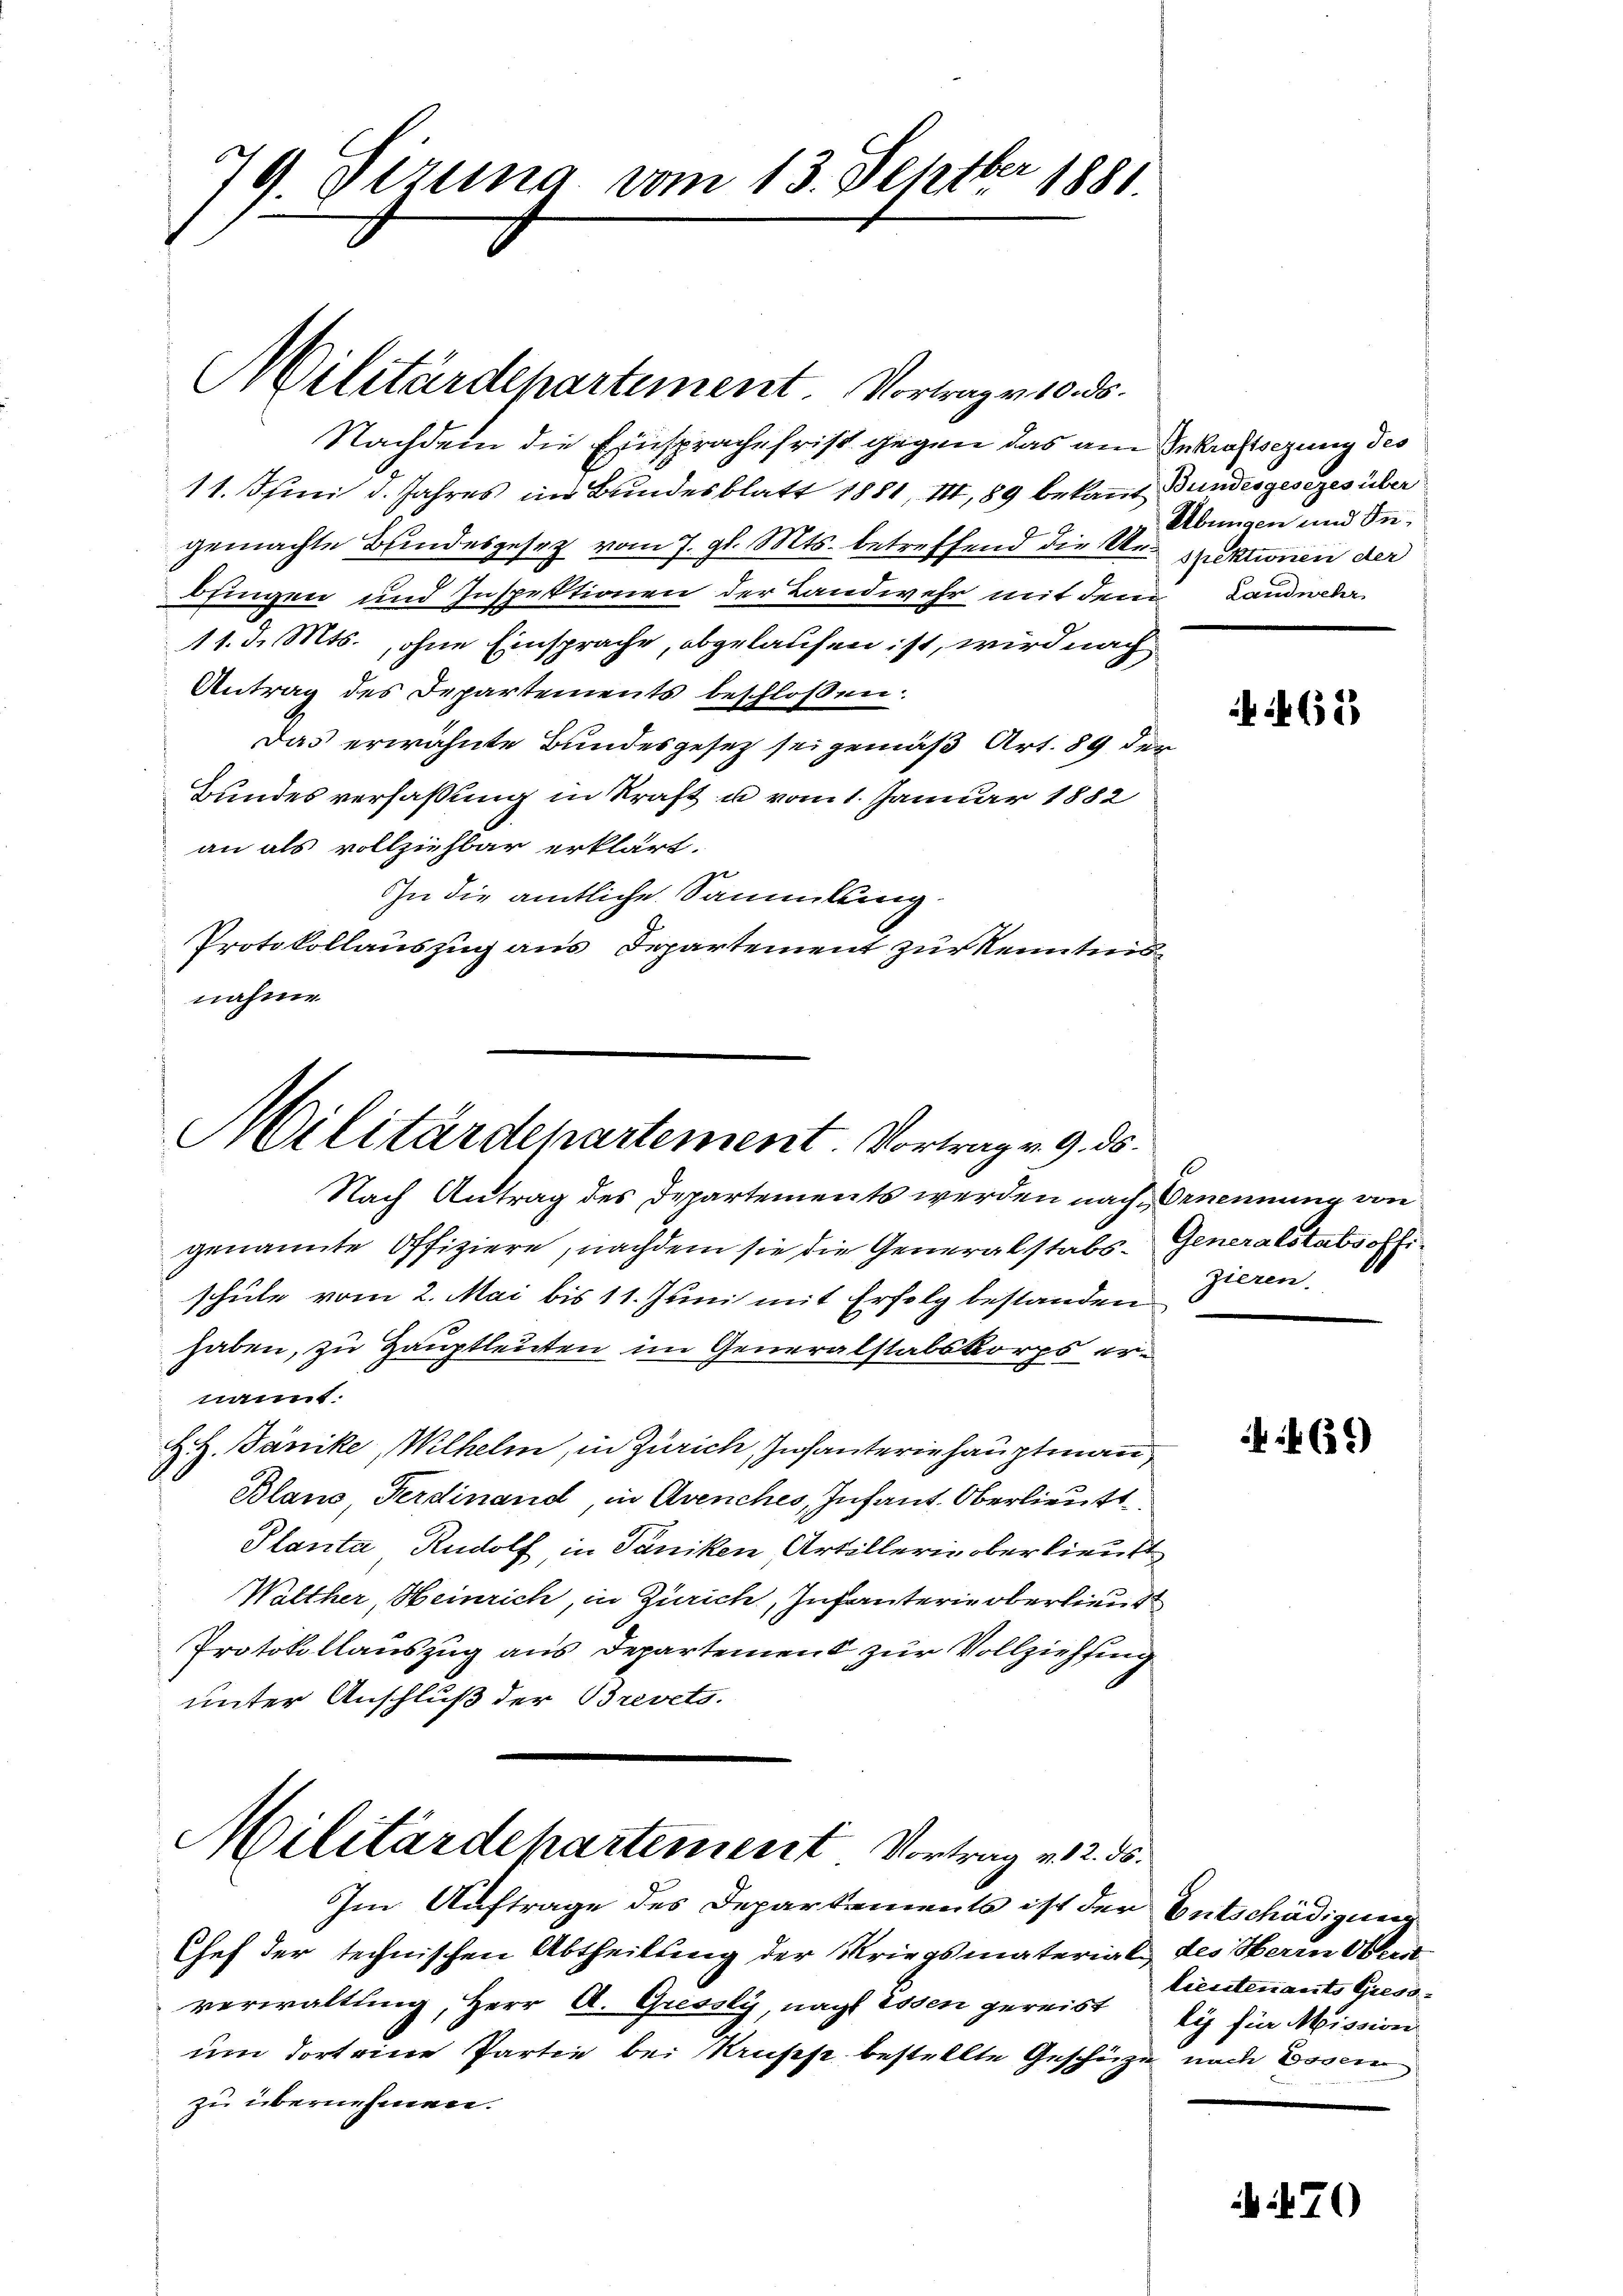
79. Sizung vom 13. Septbr 1881.

Nachdem die Einsprache frist gegen das am Inkraftsezung des
11. Juni d. Jahres im Bundesblatt 1881, I, 89 bekannt Bundesgesezes über
gemachte Bundesgesetz vom 7. gl. Mts. betreffend die Urspektionen der
bringen und Inspektionen der Landwehr mit dem
11. d. Mts., ohne Einsprache, abgelaufen ist, wird nach
Antrag des Departements beschloßen:
Das erwähnte Bundesgesetz sei gemäß Art. 89 der
Bundesverfassung in Kraft u vom 1. Januar 1882
an als vollziehbar erklärt.
In die amtliche Sammlung.
Protokollauszug aus Departement zur Kenntnisnahme

Militärdepartement. Vortrag v. 10. ds.

Militärdepartement Vortrag v. 9. ds.

Im Auftrage des Departements ist der Entschädigung

Nach Antrag des Departements werden nach Benennung von
genannte Offiziere, nachdem sie die Generalstabs- Generalstabsoffi
schule vom 2. Mai bis 11. Juni mit Erfolg bestanden
haben, zu Hauptleuten im Generalstabskorps ernannt.
H. H. Janike, Wilhelm, in Zürich, Infanteriehauptmann
Blano, Ferdinand, in Avenches, Infant. Oberlieutt
Planta, Rudolf, in Paniken, Artillerin ober lieutt
Walther, Heinrich, in Zürich, Infanterie oberlieut
Protokollauszug aus Departement zur Vollziehung
unter Anschluß der Brevets.
Militärdepartement Vortrag v. 2. 55.

Chef der technischen Abtheilung der Kriegsmaterial des Herrn Oberst
verwaltung, Herr A. Griessly, nach Essen gereist
um dort eine Partie bei Musse bestellte Geschütze nach Essen
zu übernehmen.

Übungen und In¬
Landwehr

65

zieren.

639)

liesstenants Gieso
kis für Mission

i 70